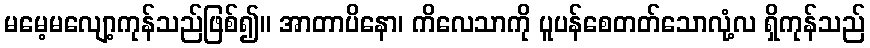
မမေ့မလျော့ကုန်သည်ဖြစ်၍။ အာတာပိနော၊ ကိလေသာကို ပူပန်စေတတ်သောလုံ့လ ရှိကုန်သည်